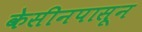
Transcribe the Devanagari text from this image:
केसीनपासून